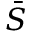
\bar { S }